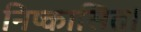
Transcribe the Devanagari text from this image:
निष्कासित।